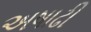
અષાઢી